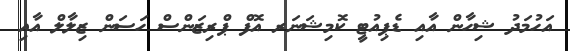
އަހުމަދު ޝިހާން އާއި ޑެޕިއުޓީ ކޮމިޝަނަރ އޮފް ޕްރިޒަންސް ހަސަން ޒިލާލް އާއި